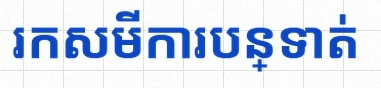
រកសមីការបន្ទាត់